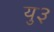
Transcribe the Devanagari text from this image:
यु३